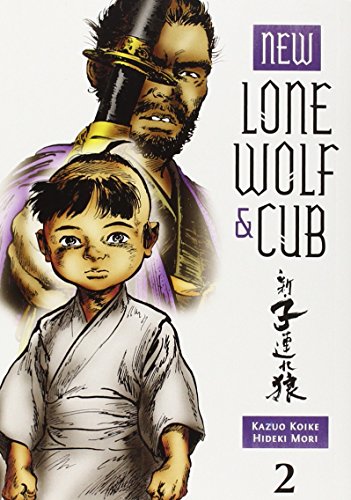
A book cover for New Lone Wolf and Cub Volume 2 (New Lone Wolf & Cub); Kazuo Koike; Comics & Graphic Novels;